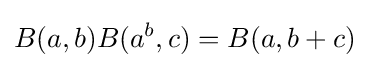
\displaystyle {B(a,b)B(a^{b},c)=B(a,b+c)}